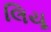
લિયૂ